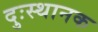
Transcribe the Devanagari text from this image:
दुःस्थानक